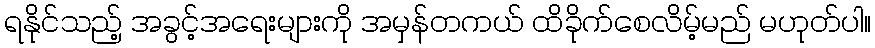
ရနိုင်သည့် အခွင့်အရေးများကို အမှန်တကယ် ထိခိုက်စေလိမ့်မည် မဟုတ်ပါ။